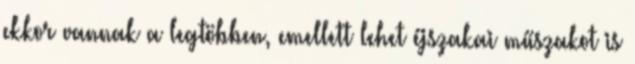
ekkor vannak a legtöbben, emellett lehet éjszakai műszakot is